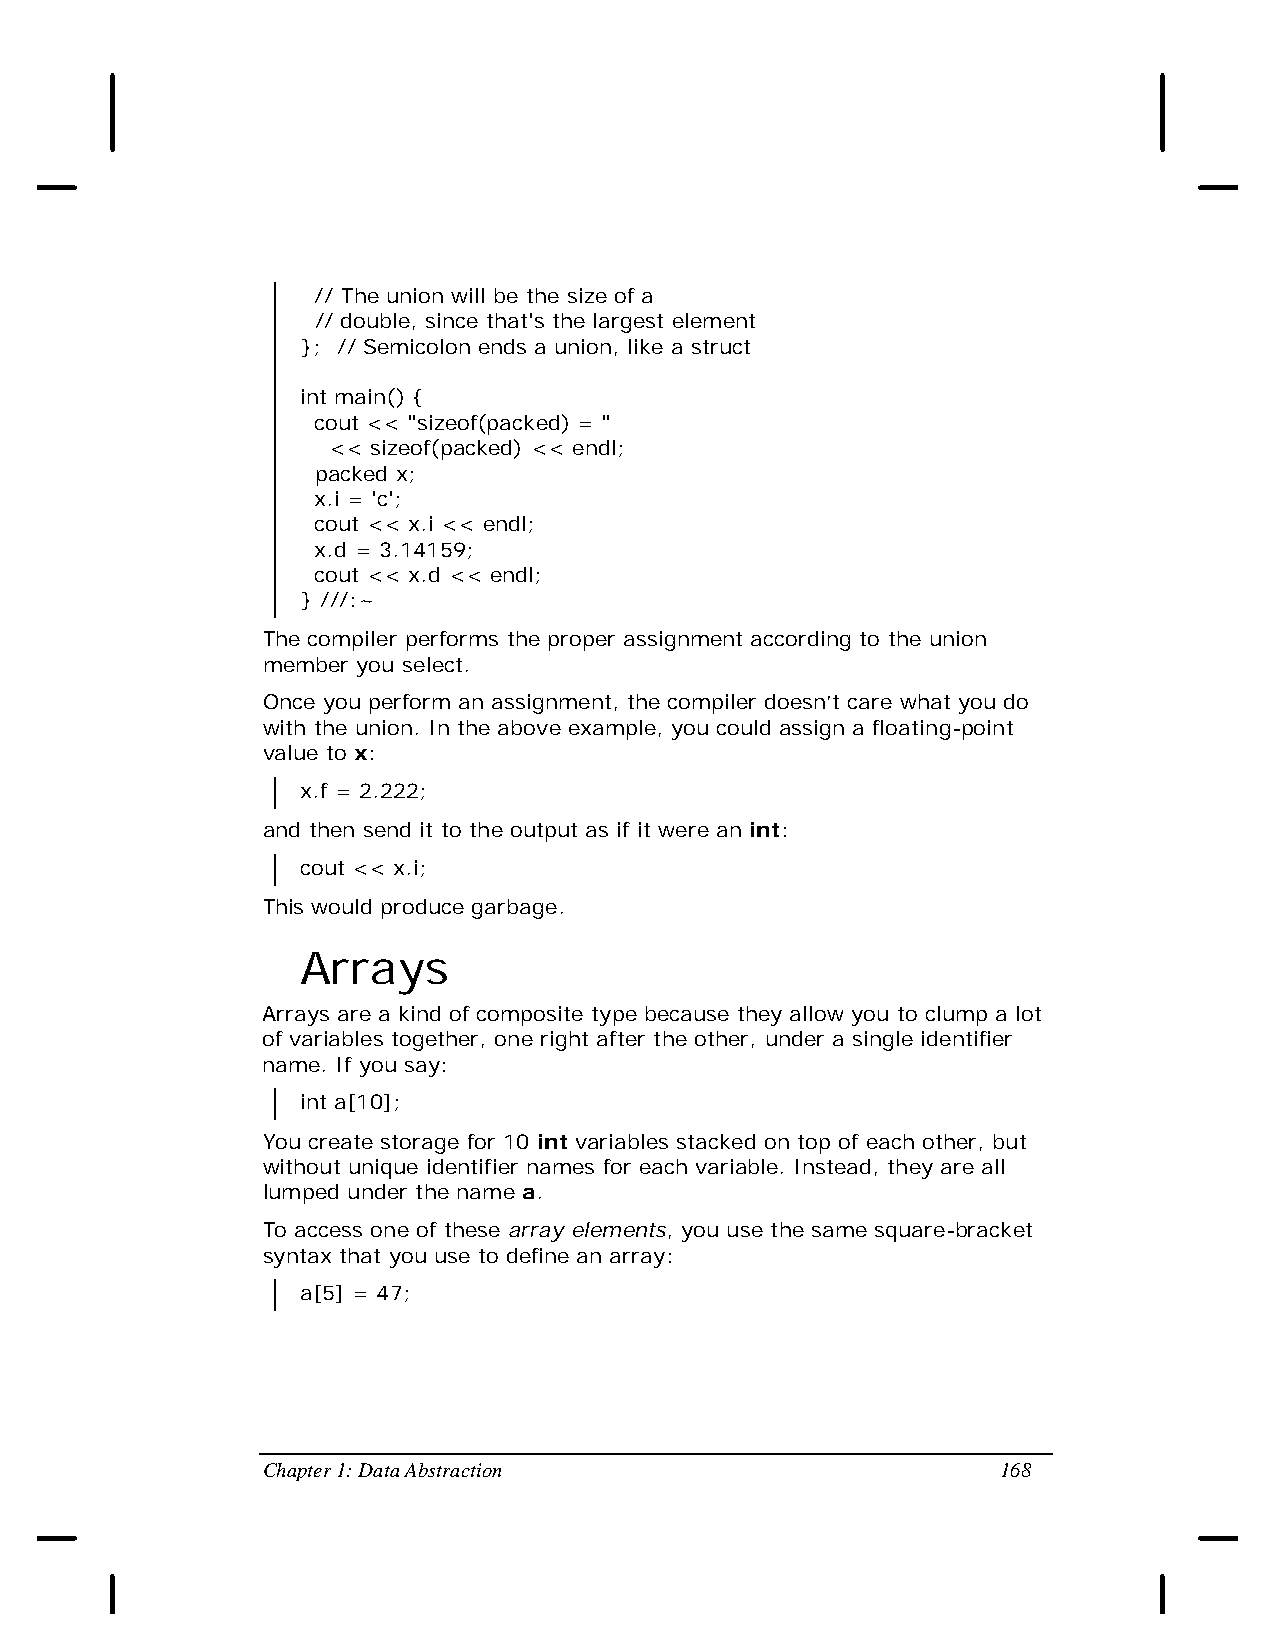
// The union will be the size of a
 // double, since that's the largest element
 }; // Semicolon ends a union, like a struct
 int main() {
 cout << "sizeof(packed) = "
 << sizeof(packed) << endl;
 packed x;
 x.i = 'c';
 cout << x.i << endl;
 x.d = 3.14159;
 cout << x.d << endl;
 } ///:~
 The compiler performs the proper assignment according to the union
 member you select.
 Once you perform an assignment, the compiler doesn’t care what you do
 with the union. In the above example, you could assign a floating-point
 value to x:
 x.f = 2.222;
 and then send it to the output as if it were an int:
 cout << x.i;
 This would produce garbage.
 Arrays
 Arrays are a kind of composite type because they allow you to clump a lot
 of variables together, one right after the other, under a single identifier
 name. If you say:
 int a[10];
 You create storage for 10 int variables stacked on top of each other, but
 without unique identifier names for each variable. Instead, they are all
 lumped under the name a.
 To access one of these array elements, you use the same square-bracket
 syntax that you use to define an array:
 a[5] = 47;
 Chapter 1: Data Abstraction                      168